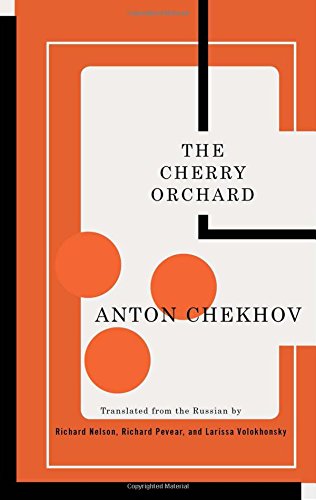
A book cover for The Cherry Orchard (TCG Classic Russian Drama Series); Anton Chekhov; Literature & Fiction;